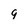
Character: 9